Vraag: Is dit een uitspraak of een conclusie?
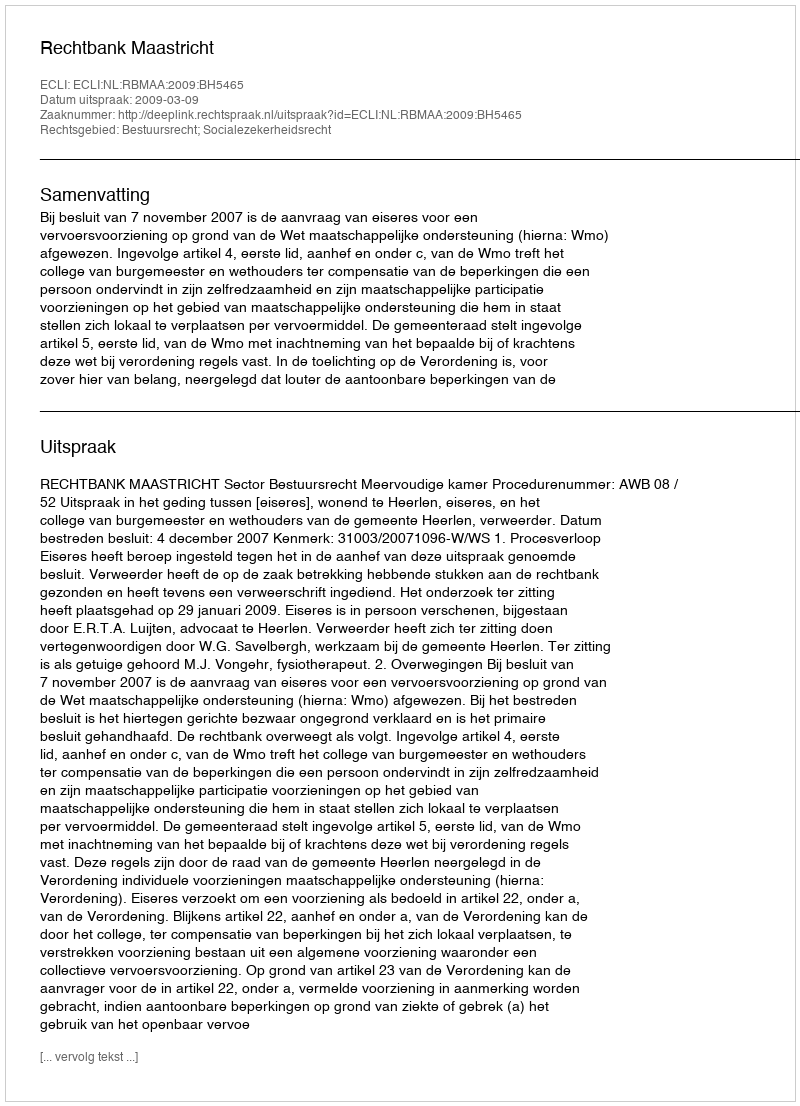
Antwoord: Uitspraak